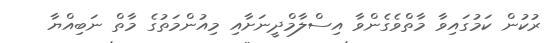
ރުކުން ކަމުގައިވާ މާތްވެގެންވާ އިސްލާމްދީނަށާއި މިއުންމަތުގެ މާތް ނަބިއްޔާ